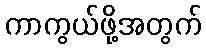
ကာကွယ်ဖို့အတွက်